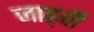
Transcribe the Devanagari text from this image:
जाह्न्वी